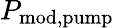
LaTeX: P_{\mathrm{{mod,pump}}}